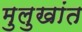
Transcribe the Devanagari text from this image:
मुलुखांत